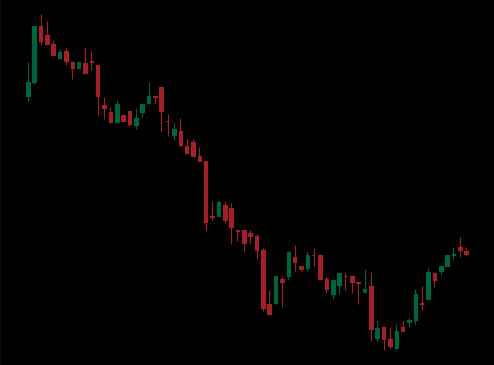
Pattern: bull_flag